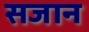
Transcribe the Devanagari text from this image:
सजान